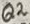
Text: Q2